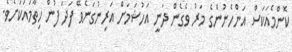
ކޮންމެއަކަސް އަންހެނުންގެ މަރު ވެގެން ދަނީ އަހުޝަމަށް އަރިނުގަނެވޭ ފަދަ ފުން ހިތާމައަކަށެވެ.